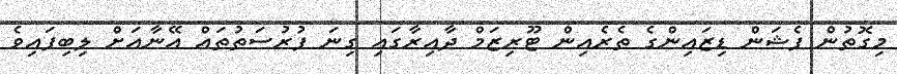
މިގޮތުން ފެޝަން ޑިޒައިންގެ ތެރެއިން ޓޫރިޒަމް ދާއިރާގައި ގިނަ ފުރުސަތުތައް އޭނާއަށް ލިބިފައިވެ